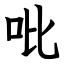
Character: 吡